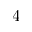
4